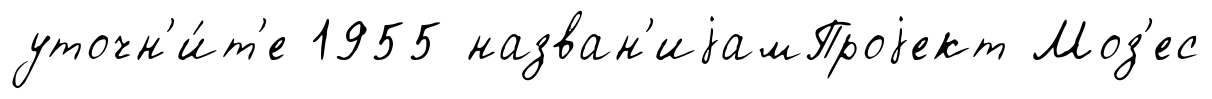
уточн'и́т'е 1955 назван'иjамПроjект Моз'ес